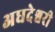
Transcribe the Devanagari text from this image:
अधदेश्वरी